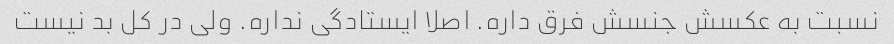
نسبت به عکسش جنسش فرق داره. اصلا ایستادگی نداره. ولی در کل بد نیست